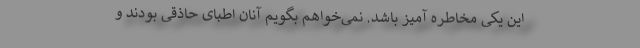
این یکی مخاطره آمیز باشد. نمی‌خواهم بگویم آنان اطبای حاذقی بودند و